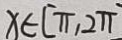
x \in [ \pi , 2 \pi